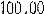
100.00